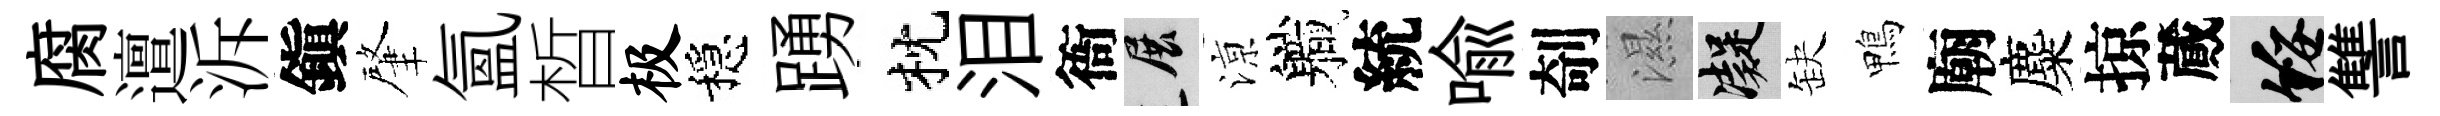
腐邅泝鎭肇氳晳极穩踴枕泪衙展鿌軄統喻剞濕凝缺鴨廟麋掠蕆綏讐